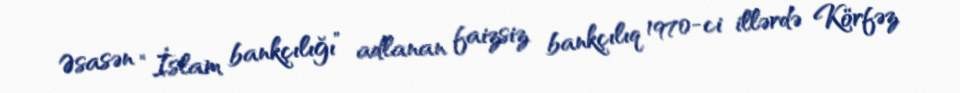
Əsasən “İslam bankçılığı” adlanan faizsiz bankçılıq 1970-ci illərdə Körfəz